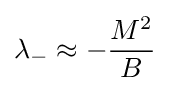
\lambda _{-}\approx -{\frac {M^{2}}{B}}